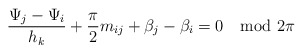
\begin{align*} \frac{\Psi_j - \Psi_i}{h_k} + \frac{\pi}{2}m_{ij} + \beta_j - \beta_i = 0 \mod 2\pi\end{align*}